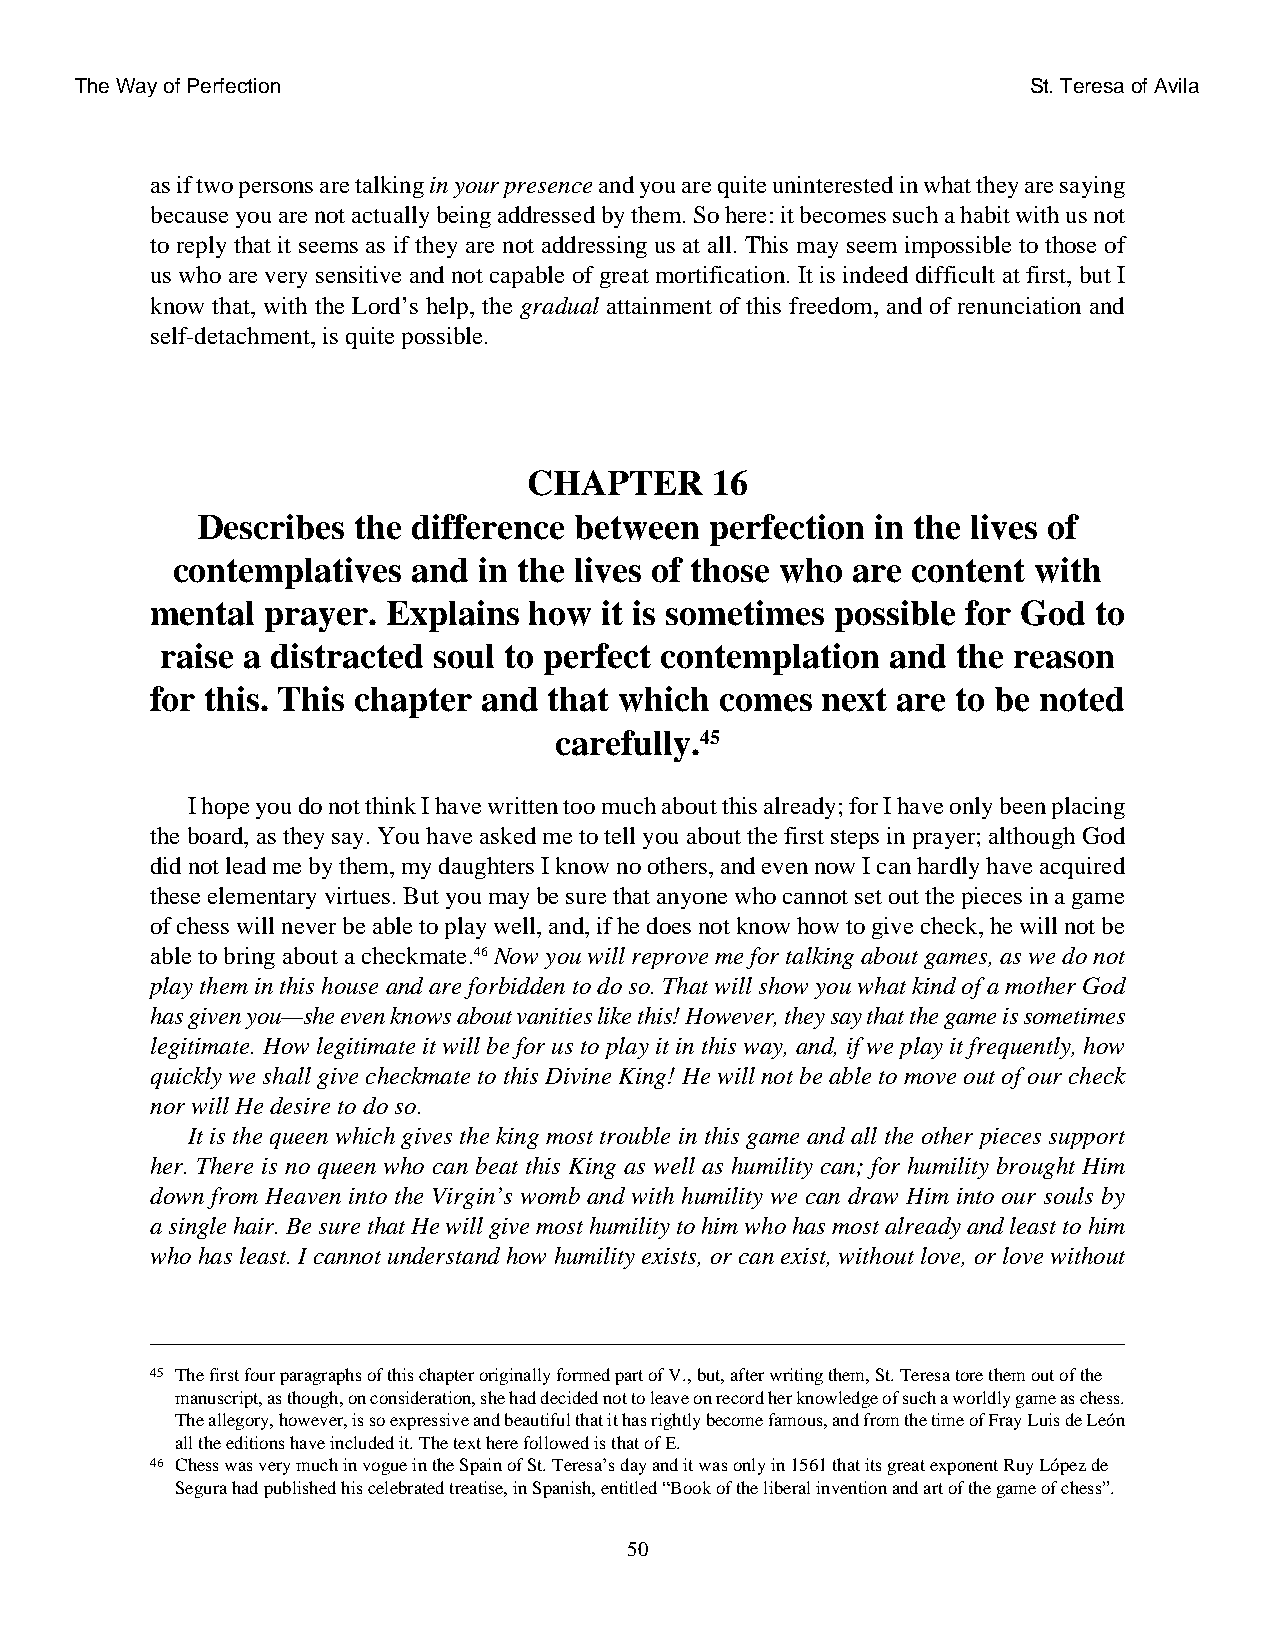
The Way of Perfection                                          St. Teresa of Avila
 as if two persons are talking in your presence and you are quite uninterested in what they are saying
 because you are not actually being addressed by them. So here: it becomes such a habit with us not
 to reply that it seems as if they are not addressing us at all. This may seem impossible to those of
 us who are very sensitive and not capable of great mortification. It is indeed difficult at first, but I
 know that, with the Lord’s help, the gradual attainment of this freedom, and of renunciation and
 self-detachment, is quite possible.
 CHAPTER     16
 Describes the difference between  perfection in the lives of
 contemplatives  and  in the lives of those who are content with
 mental  prayer. Explains how  it is sometimes possible for God to
 raise a distracted soul to perfect contemplation and the reason
 for this. This chapter and that which comes next are to be noted
 carefully.45
 I hope you do not think I have written too much about this already; for I have only been placing
 the board, as they say. You have asked me to tell you about the first steps in prayer; although God
 did not lead me by them, my daughters I know no others, and even now I can hardly have acquired
 these elementary virtues. But you may be sure that anyone who cannot set out the pieces in a game
 of chess will never be able to play well, and, if he does not know how to give check, he will not be
 able to bring about a checkmate.46Now you will reprove me for talking about games, as we do not
 play them in this house and are forbidden to do so. That will show you what kind of a mother God
 has given you—she even knows about vanities like this! However, they say that the game is sometimes
 legitimate. How legitimate it will be for us to play it in this way, and, if we play it frequently, how
 quickly we shall give checkmate to this Divine King! He will not be able to move out of our check
 nor will He desire to do so.
 It is the queen which gives the king most trouble in this game and all the other pieces support
 her. There is no queen who can beat this King as well as humility can; for humility brought Him
 down from Heaven into the Virgin’s womb and with humility we can draw Him into our souls by
 a single hair. Be sure that He will give most humility to him who has most already and least to him
 who has least. I cannot understand how humility exists, or can exist, without love, or love without
 45 The first four paragraphs of this chapter originally formed part of V., but, after writing them, St. Teresa tore them out of the
 manuscript, as though, on consideration, she had decided not to leave on record her knowledge of such a worldly game as chess.
 The allegory, however, is so expressive and beautiful that it has rightly become famous, and from the time of Fray Luis de León
 all the editions have included it. The text here followed is that of E.
 46 Chess was very much in vogue in the Spain of St. Teresa’s day and it was only in 1561 that its great exponent Ruy López de
 Segura had published his celebrated treatise, in Spanish, entitled “Book of the liberal invention and art of the game of chess”.
 50